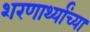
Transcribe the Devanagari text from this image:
शरणार्थ्यांच्या